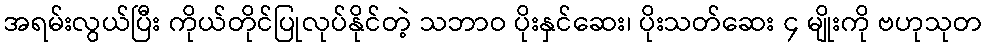
အရမ်းလွယ်ပြီး ကိုယ်တိုင်ပြုလုပ်နိုင်တဲ့ သဘာဝ ပိုးနှင်ဆေး၊ ပိုးသတ်ဆေး ၄ မျိုးကို ဗဟုသုတ